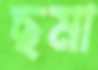
ছমা